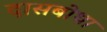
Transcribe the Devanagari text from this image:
दासबोधा